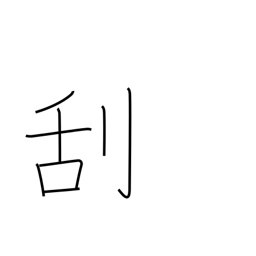
Meaning: scrape off